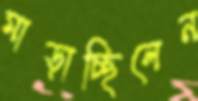
মাড়াচ্ছিলেন